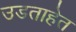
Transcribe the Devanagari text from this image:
उडताहेत